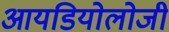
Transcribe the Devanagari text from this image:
आयडियोलोजी